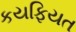
કયફિયત